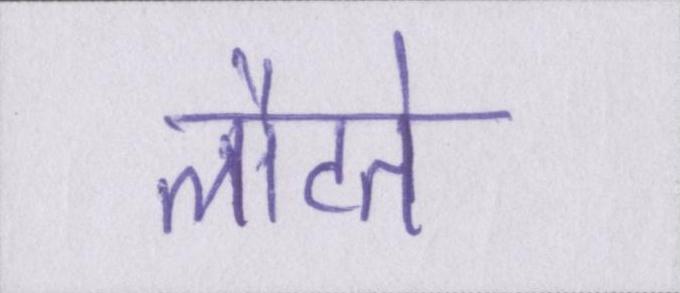
लौटते